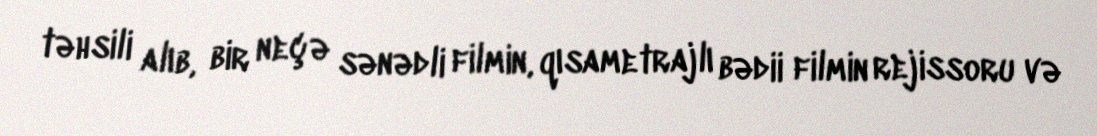
təhsili alıb, bir neçə sənədli filmin, qısametrajlı bədii filmin rejissoru və